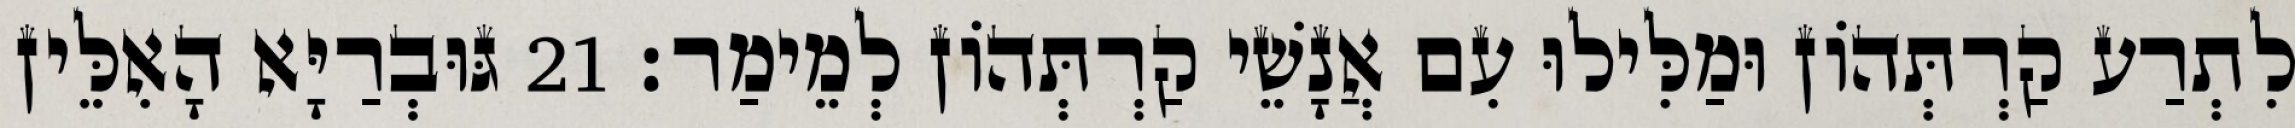
לִתְרַע קַרְתְּהוֹן וּמַלִּילוּ עִם אֲנָשֵׁי קַרְתְּהוֹן לְמֵימַר׃ 21 גּוּבְרַיָּא הָאִלֵּין